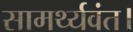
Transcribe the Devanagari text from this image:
सामर्थ्यवंत।